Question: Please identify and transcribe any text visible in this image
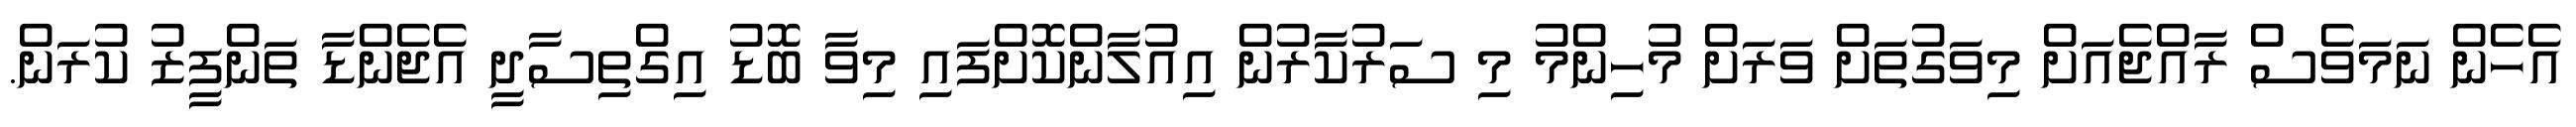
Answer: އެހެން ނަމަވެސް ރާއްޖެއަށް މިވަގުތަށް ވަރަށް މުހިންމު މި ސަރުކާރުން އިއުލާންކޮށްފައި މިވާ ބޮޑު އިގްތިސާދީ އެޖެންޑާ ތަންފީޒު ކުރަން.